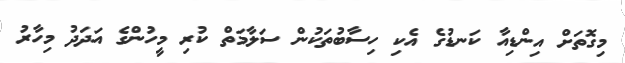
މިގޮތަށް އިންޑިއާ ކަނޑުގެ އެކި ހިސާބުތަކުން ސަލާމަތް ކުރި މީހުންގެ އަދަދު މިހާރު